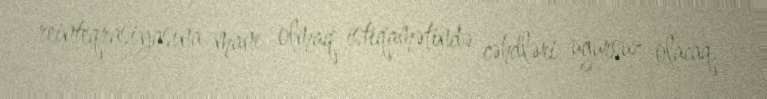
reinteqrasiyasına mane olmaq istiqamətində cəhdləri uğursuz olacaq.